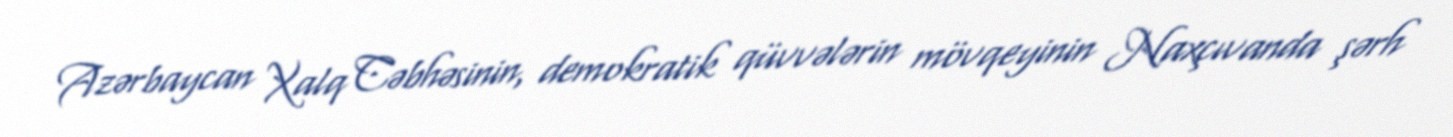
Azərbaycan Xalq Cəbhəsinin, demokratik qüvvələrin mövqeyinin Naxçıvanda şərh